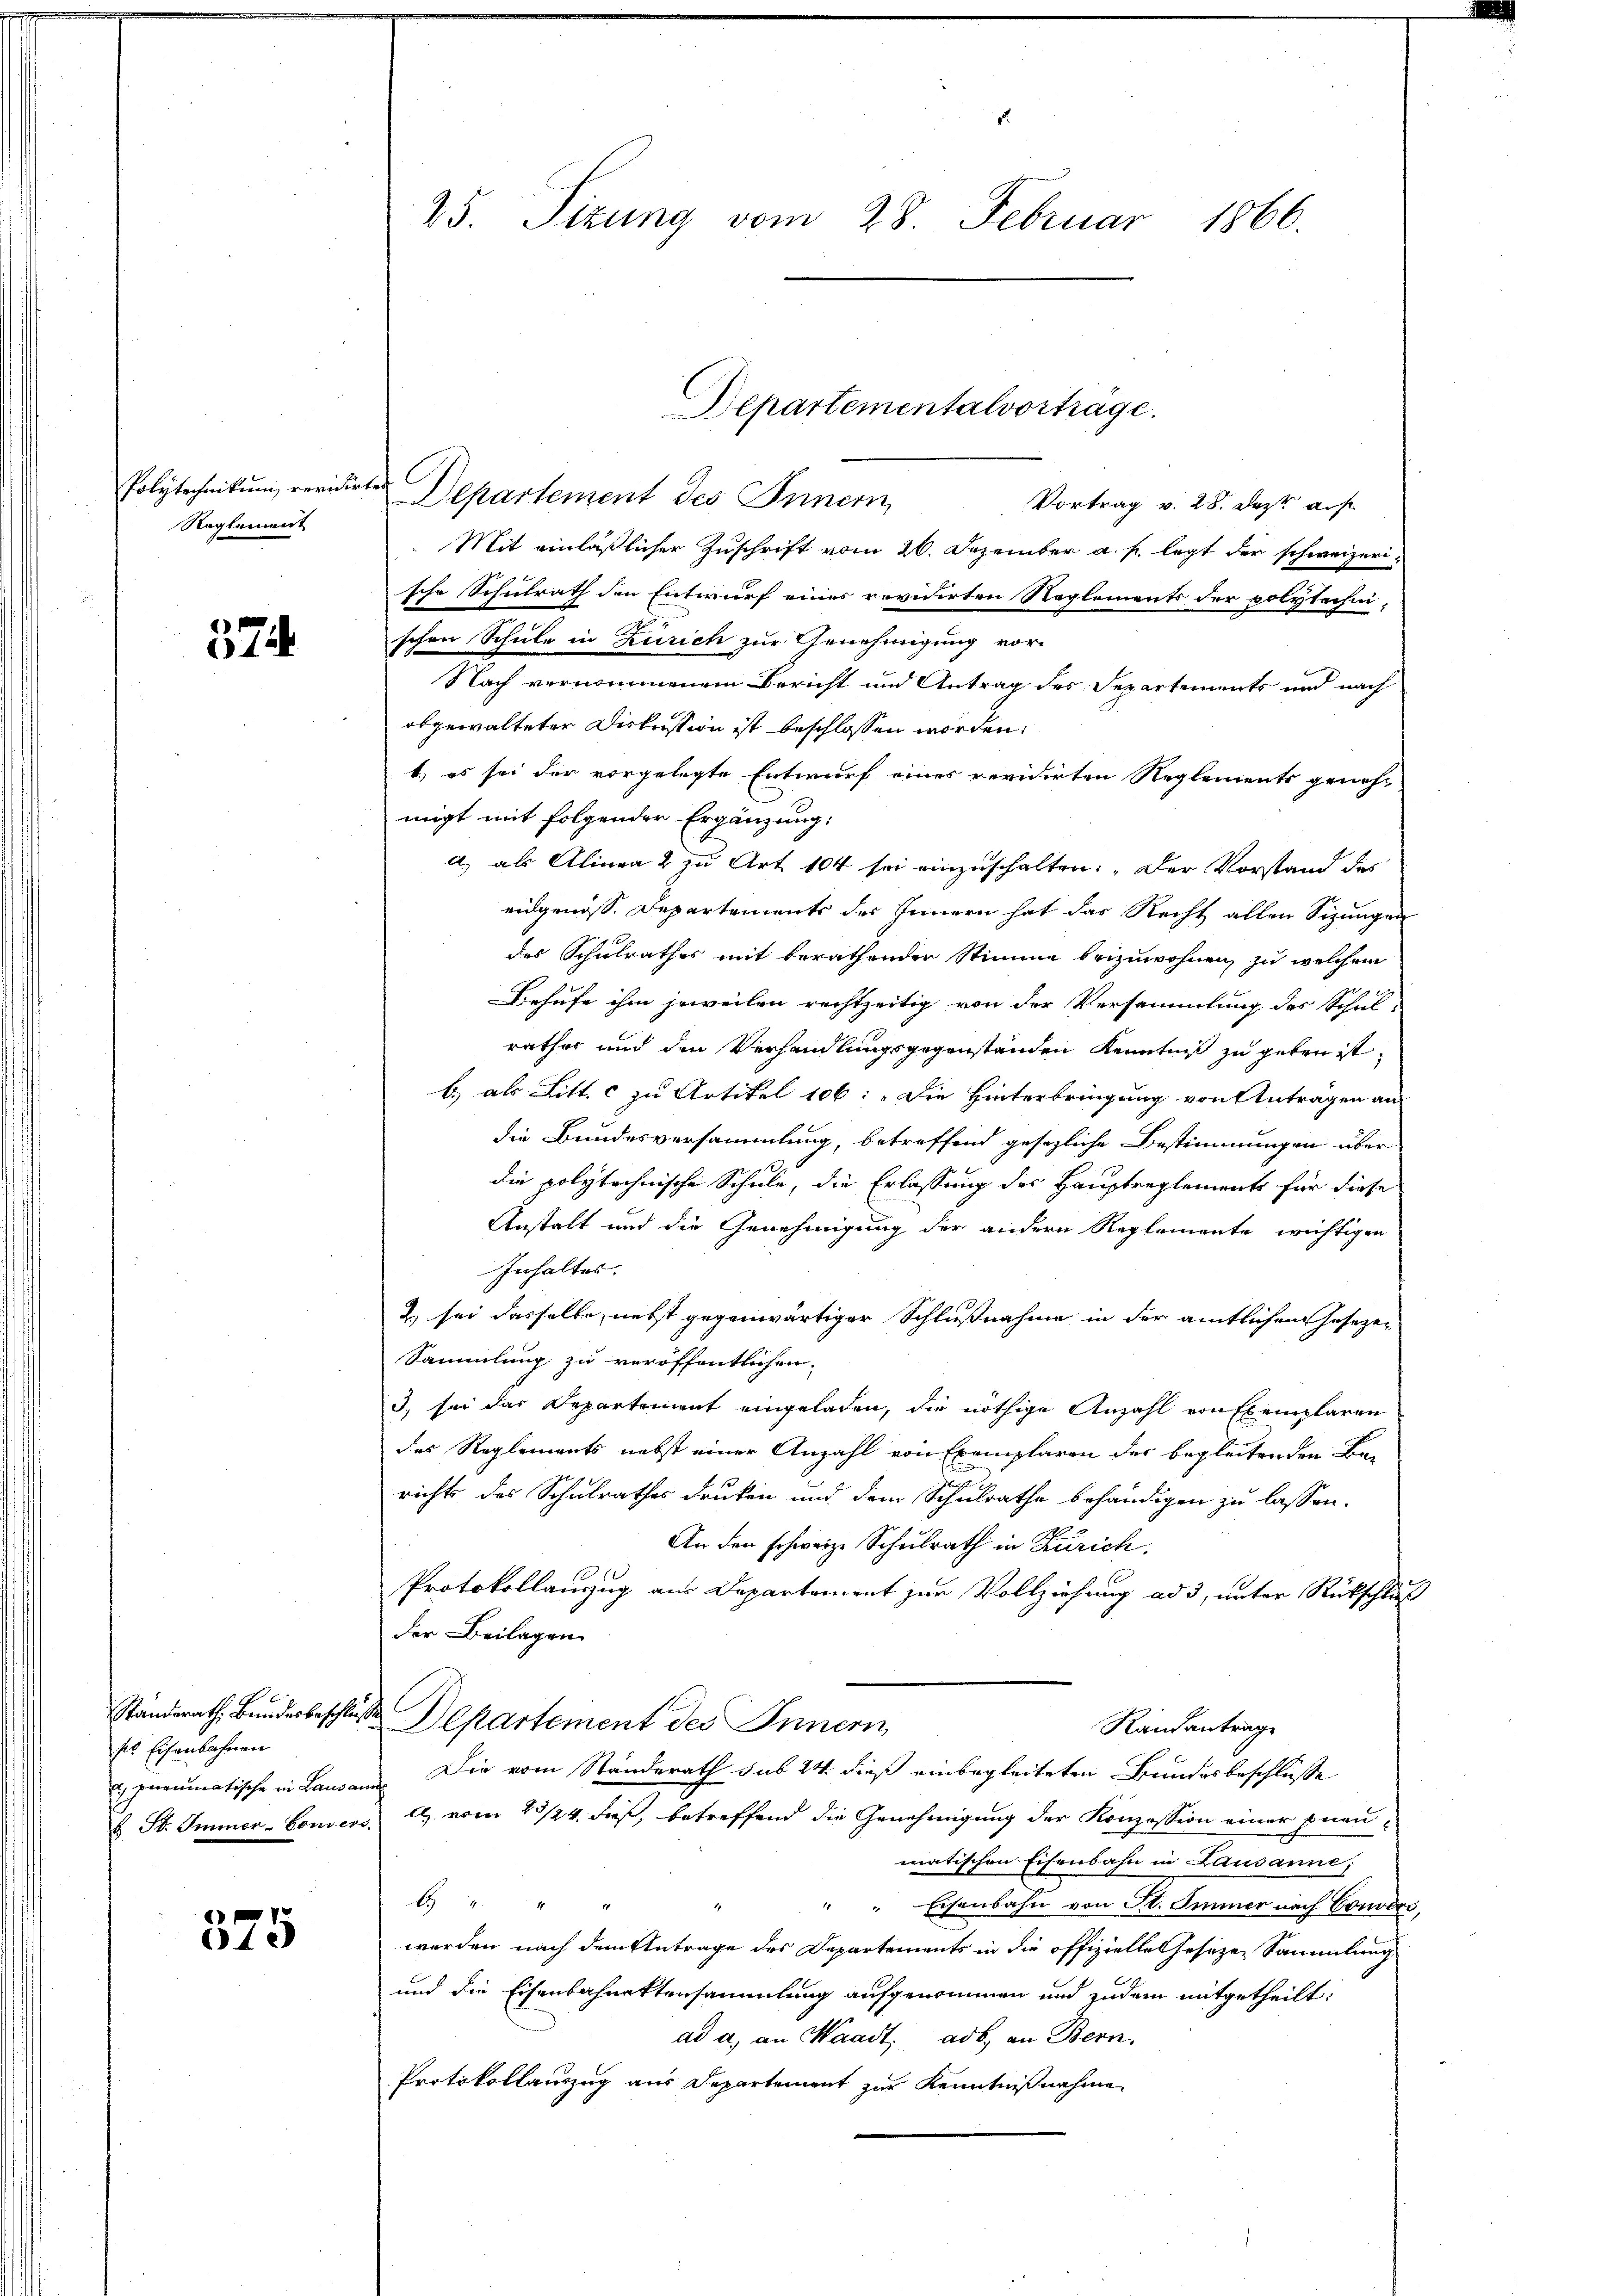
Reglement

374.

Standerath Bundesbeschlusse
st Eisenbahnen
pneumatische in Lausann

375

Polytechnikum revidirte Departement des Innern,
Vortrag v. 28. Jezt aus
Mit einläßlicher Zuschrift vom 26. Dezember a. f. legt der schweizerische Schulrath den Entwurf eines revidirten Reglements der polytechnischen Schule in Zürich zur Genehmigung vor-
Nach vernommenem Bericht und Antrag des Separtements und nach
abgewalteten Diskussion ist beschlossen worden.
1.) es sei der vorgelegte Entwurf eines revidirten Reglements genehmigt mit folgender Ergänzung:
a.) als Alinea 2 zu Art. 104 sei einzuschalten: „Der Vorstand des
eidgenöss. Departements des Innern hat das Recht allen Sizungen
des Schulrathes mit berathender Stimme beizuwohnen, zu welchem
J
Behufe ihm jeweilen rechtzeitig von der Versammlung des Schul-
rathes und den Verhandlungsgegenständen Kenntniß zu geben ist,
b.) als Litt. c zu Artikel 106: „Die Hinterbringung von Antragen an
die Bundesversammlung, betreffend gesezliche Bestimmungen überdie polytechnische Schule, die Erlassung des Hauptreglements für diese
Anstalt und die Genehmigung der andern Reglemente wichtigen
Inhalter.
& sei dasselbe, nebst gegenwärtiger Schlußnahme in der amtlichen Gesezen
Sammlung zu veröffentlichen.
3, sei das Departement eingeladen, die nöthige Anzahl von Exemplaren
des Reglements nebst einer Anzahl von Exemplaren der begleitenden Berichts des Schulrathes drucken und dem Schulrathe behändigen zu lassen.
An den schweize Schulrath in Zürich.
e
Protokollauszug aus Departement zur Vollziehung ad 3, unter Rückschlus
der Beilagen
Departement des Innern
Rautantrag
Die vom Standerath sub 24. dieß einbegleiteten Bundesbeschlüsse
u St. Immer-Convers. E. vom 23/24. dieß, betreffend die Genehmigung der Konzession einer prenmatischen Eisenbahn in Lausanne,
2
2
1
Eisenbahn von St. Immer nach Condo.
werden nach dem Antrage des Departements in die offizielle Geseze Sammlung
und die Eisenbahnettensammlung aufgenommen und zudem mitgetheilt:
ad a. an Waadt, ad b., an Bern.
Protokollauszug aus Departement zur Kenntnißnahme

25. Sizung vom 28. Februar 1866.

Departementalvorträge.